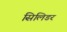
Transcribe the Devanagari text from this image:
सिलिडर